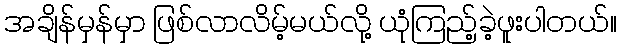
အချိန်မှန်မှာ ဖြစ်လာလိမ့်မယ်လို့ ယုံကြည့်ခဲ့ဖူးပါတယ်။